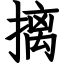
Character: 摛